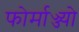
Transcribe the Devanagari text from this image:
फोर्माज्ज्यो